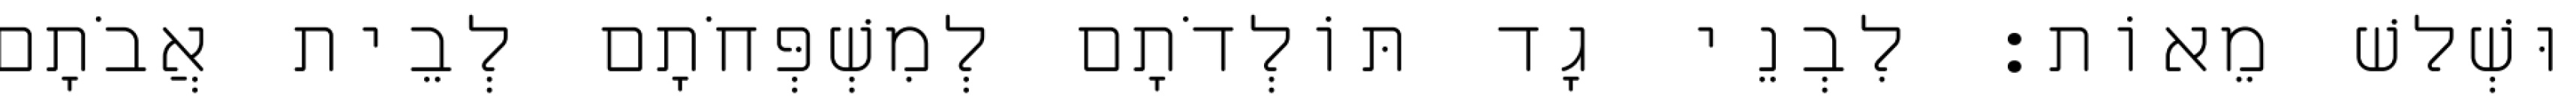
וּשְׁלשׁ מֵאוֹת׃ לִבְנֵי גָד תּוֹלְדֹתָם לְמִשְׁפְּחֹתָם לְבֵית אֲבֹתָם